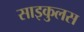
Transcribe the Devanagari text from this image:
साइकुलस